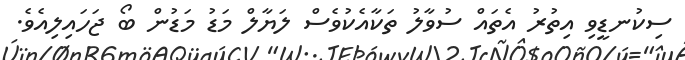
ސިކުނޑީވި އިތުރު އެތައް ސުވާލު ތަކާއެކުވެސް ލަޔާލް މަޑު މަޑުން ބޯ ޖަހައިލިއެވެ.